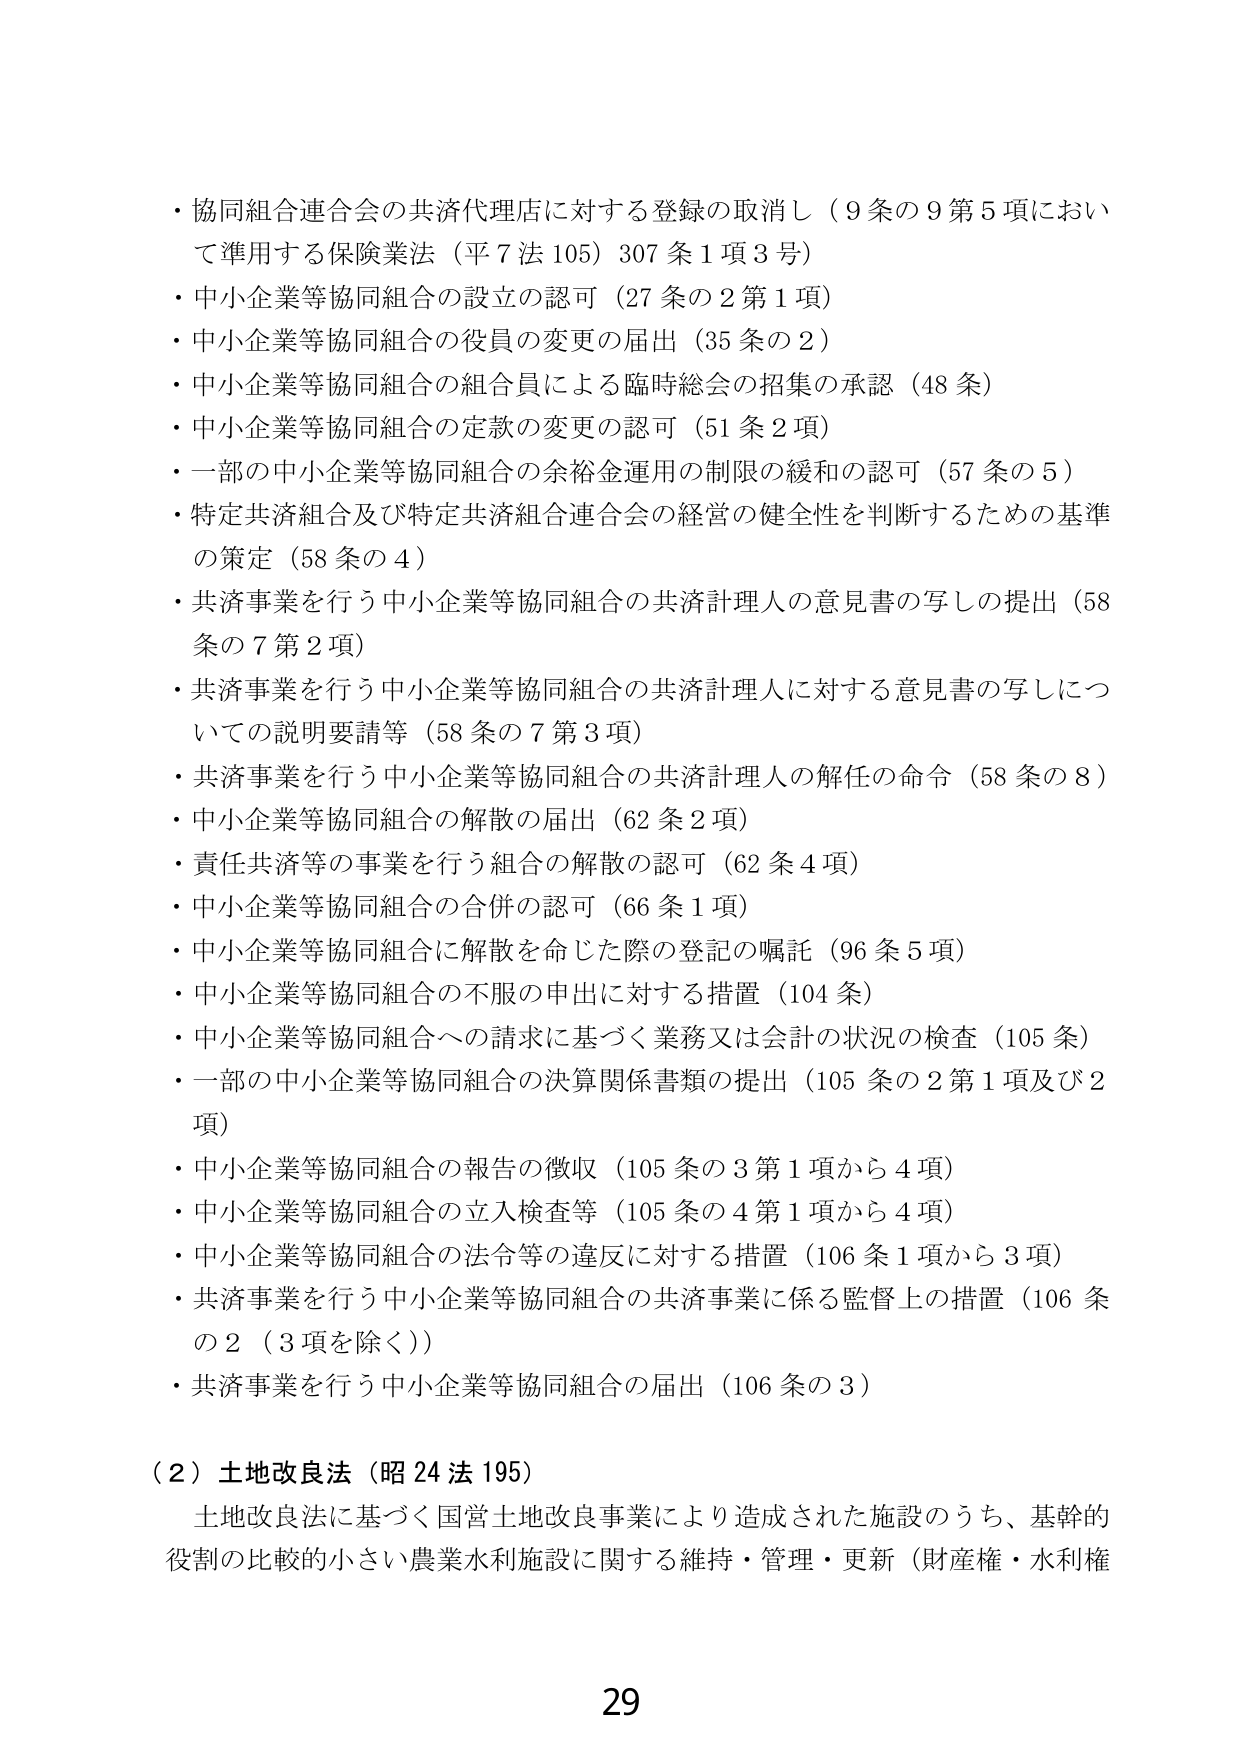
・協同組合連合会の共済代理店に対する登録の取消し（9条の9第5項において準用する保険業法（平7法105）307条1項3号）
・中小企業等協同組合の設立の認可（27条の2第1項）
・中小企業等協同組合の役員の変更の届出（35条の2）
・中小企業等協同組合の組合員による臨時総会の招集の承認（48条）
・中小企業等協同組合の定款の変更の認可（51条2項）
・一部の中小企業等協同組合の余裕金運用の制限の緩和の認可（57条の5）
・特定共済組合及び特定共済組合連合会の経営の健全性を判断するための基準の策定（58条の4）
・共済事業を行う中小企業等協同組合の共済計理人の意見書の写しの提出（58条の7第2項）
・共済事業を行う中小企業等協同組合の共済計理人に対する意見書の写しについての説明要請等（58条の7第3項）
・共済事業を行う中小企業等協同組合の共済計理人の解任の命令（58条の8）
・中小企業等協同組合の解散の届出（62条2項）
・責任共済等の事業を行う組合の解散の認可（62条4項）
・中小企業等協同組合の合併の認可（66条1項）
・中小企業等協同組合に解散を命じた際の登記の嘱託（96条5項）
・中小企業等協同組合の不服の申出に対する措置（104条）
・中小企業等協同組合への請求に基づく業務又は会計の状況の検査（105条）
・一部の中小企業等協同組合の決算関係書類の提出（105条の2第1項及び2項）
・中小企業等協同組合の報告の徴収（105条の3第1項から4項）
・中小企業等協同組合の立入検査等（105条の4第1項から4項）
・中小企業等協同組合の法令等の違反に対する措置（106条1項から3項）
・共済事業を行う中小企業等協同組合の共済事業に係る監督上の措置（106条の2（3項を除く））
・共済事業を行う中小企業等協同組合の届出（106条の3）

（2）土地改良法（昭24法195）
土地改良法に基づく国営土地改良事業により造成された施設のうち、基幹的役割の比較的小さい農業水利施設に関する維持・管理・更新（財産権・水利権

29